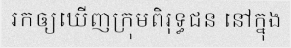
រកឲ្យឃើញក្រុមពិរុទ្ធជន នៅក្នុង